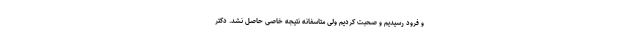
و فرود رسیدیم و صحبت کردیم ولی متاسفانه نتیجه خاصی حاصل نشد. دکتر